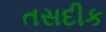
તસદીક